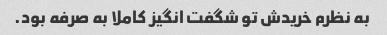
به نظرم خریدش تو شگفت انگیز کاملا به صرفه بود.